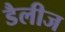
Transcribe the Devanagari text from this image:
डैलीज